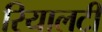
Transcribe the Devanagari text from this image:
रियालटी